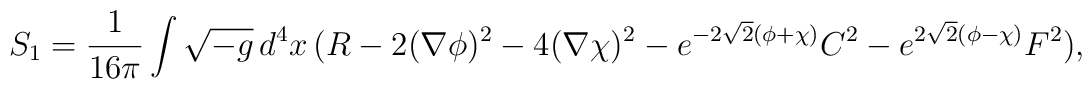
S_{1}=\frac{1}{16\pi} \int \sqrt{-g}\, d^4x\, (R- 2 (\nabla \phi)^2- 4 (\nabla \chi)^2 -e^{-2\sqrt{2}(\phi+\chi)} C^2 -e^{2\sqrt{2}(\phi-\chi)} F^2) ,